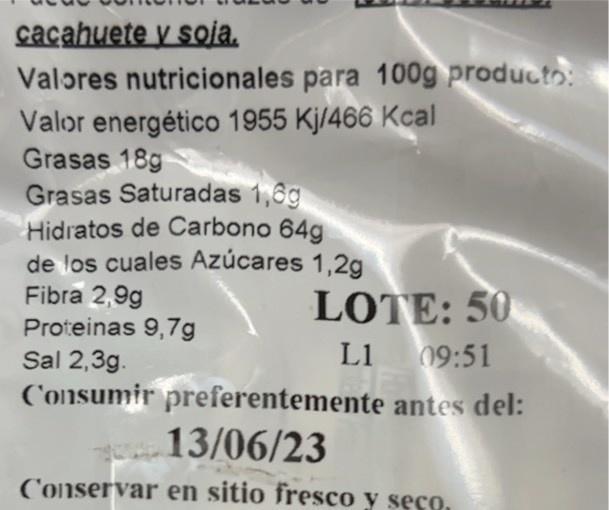
cacahuete y soja.
Valores nutricionales para 100g producto: Valor energético 1955 Kj/466 Kcal
Grasas 18g
Grasas Saturadas 1,6g Hidratos de Carbono 64g de los cuales Azúcares 1,2g
Fibra 2,9g
LOTE: 50 L1 09:51
Proteinas 9,7g
Sal 2,3g.
Consumir preferentemente antes del:
13/06/23
Conservar en sitio fresco y seco.